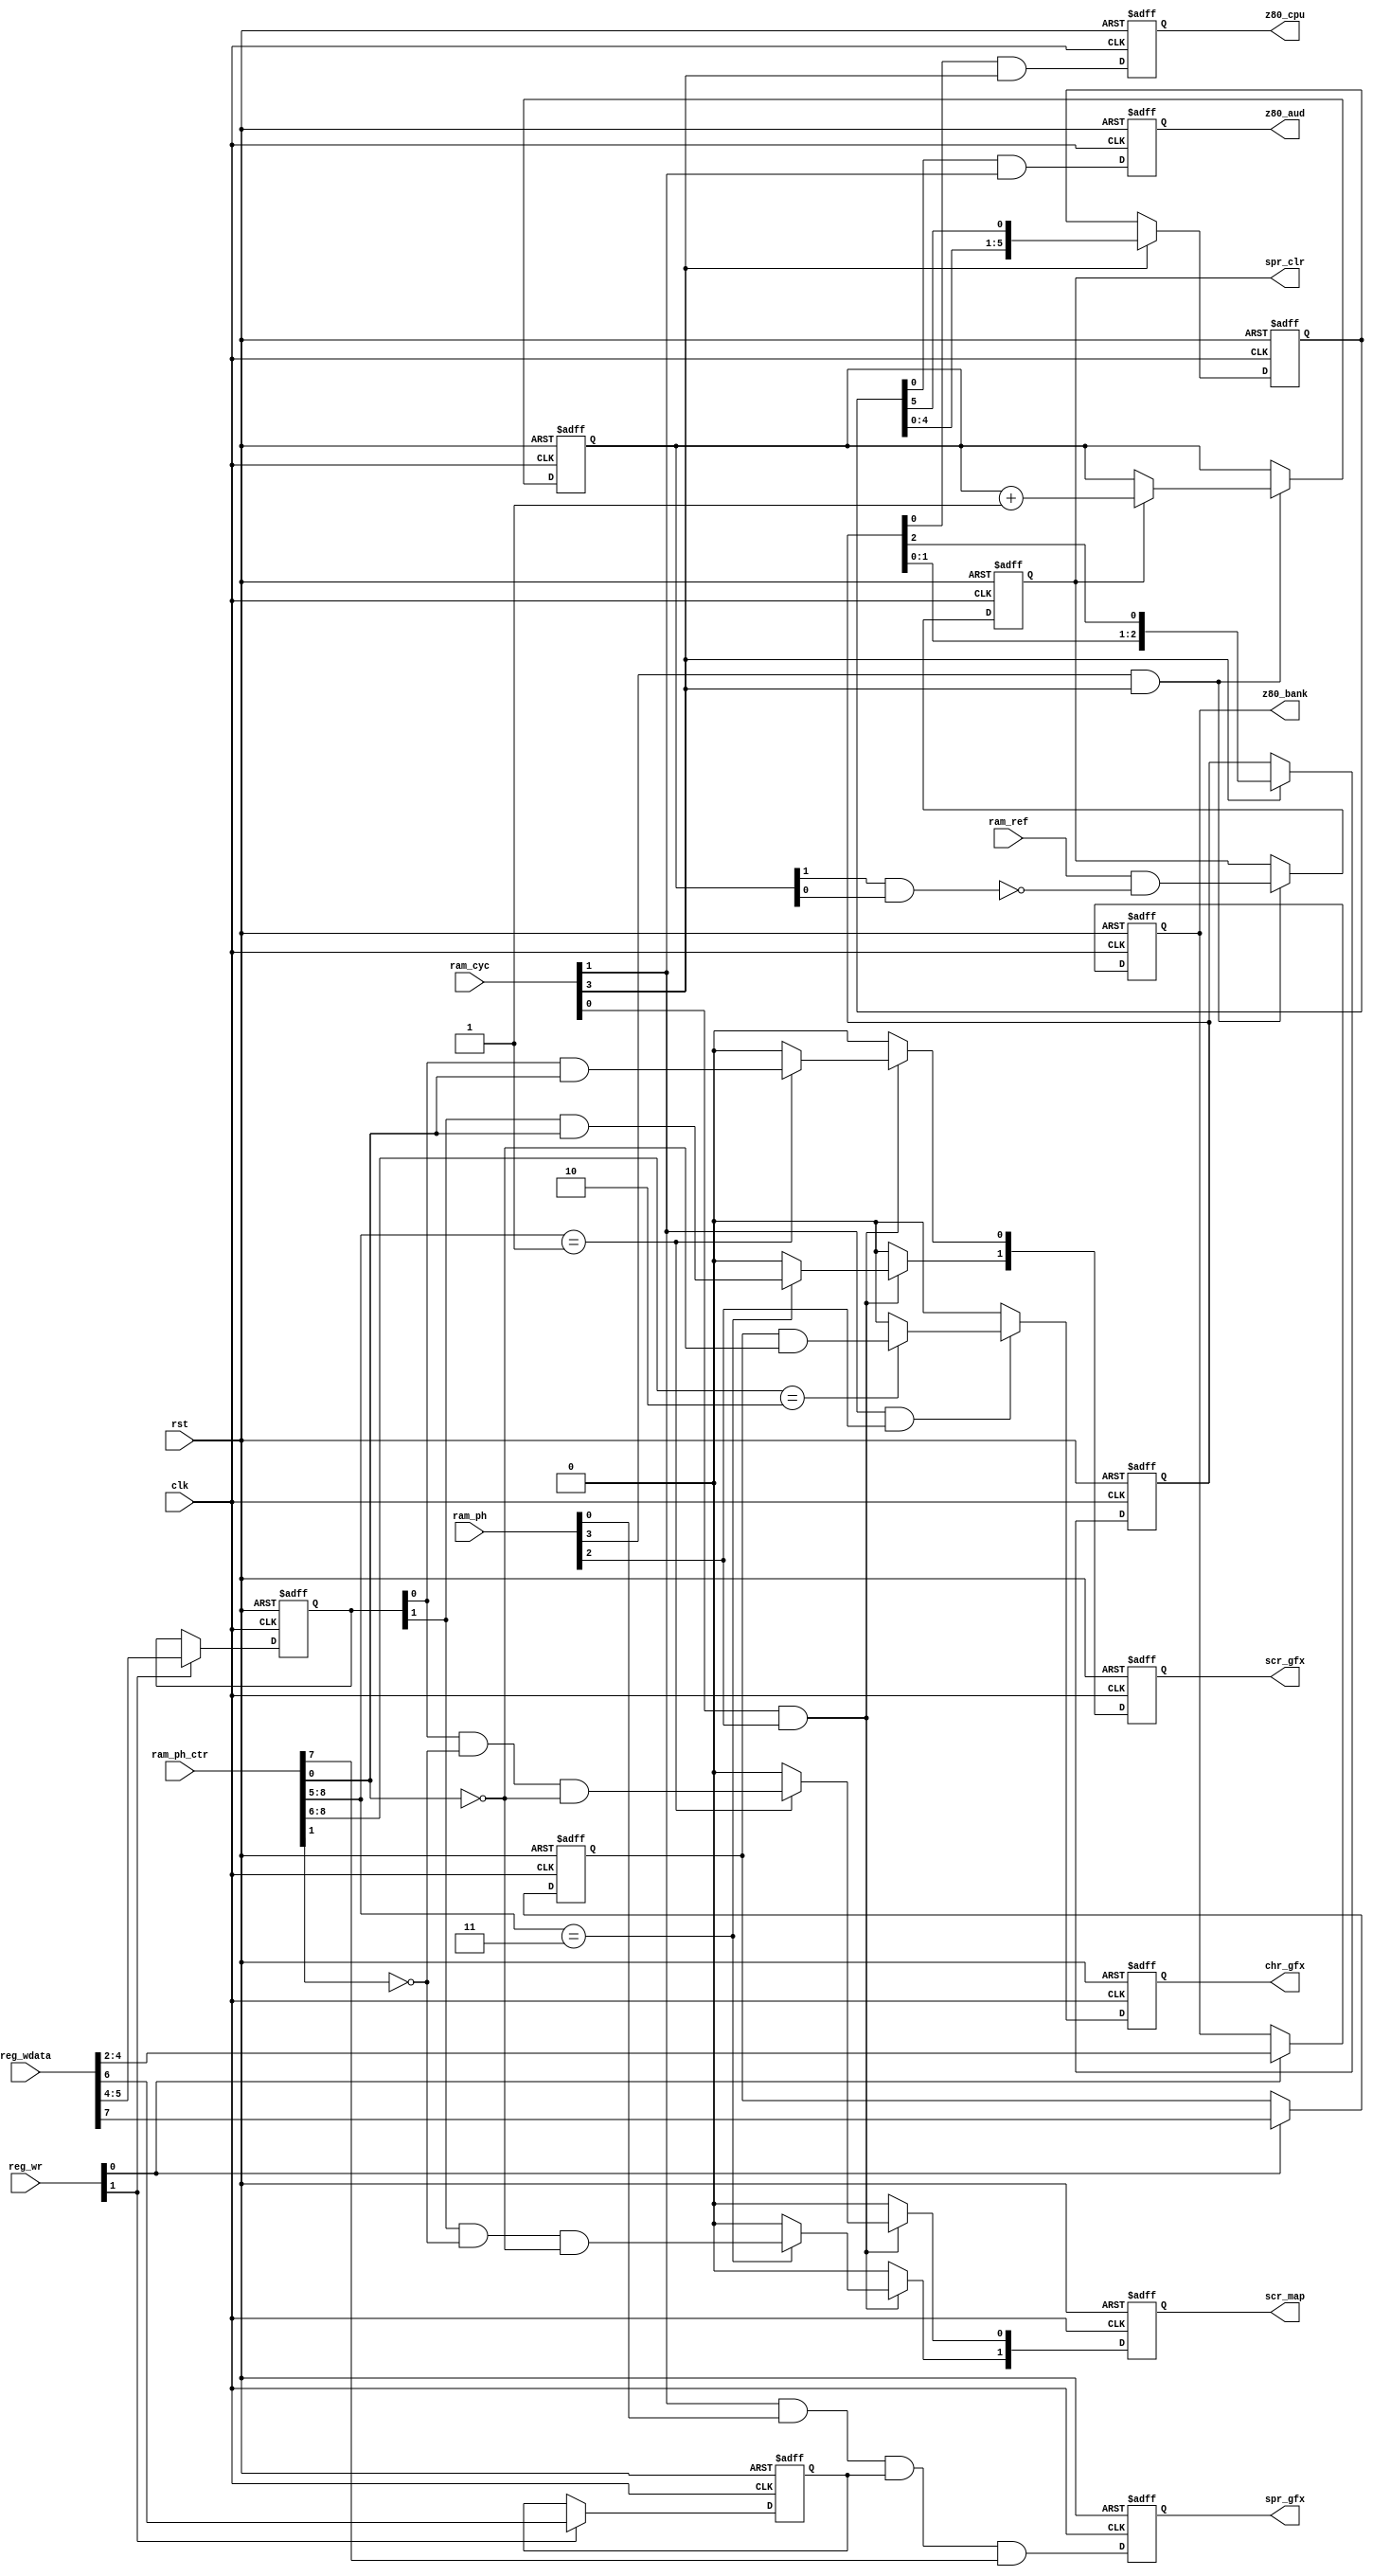
// Copyright 2008-2019 Frederic Requin
//
// This file is part of the 1943 FPGA core
//
// The 1943 FPGA core is free software; you can redistribute it and/or modify
// it under the terms of the GNU General Public License as published by
// the Free Software Foundation; either version 3 of the License, or
// (at your option) any later version.
//
// The 1943 FPGA core is distributed in the hope that it will be useful,
// but WITHOUT ANY WARRANTY; without even the implied warranty of
// MERCHANTABILITY or FITNESS FOR A PARTICULAR PURPOSE.  See the
// GNU General Public License for more details.
//
// You should have received a copy of the GNU General Public License
// along with this program.  If not, see <http://www.gnu.org/licenses/>.

module gpu_dmaseq
(
    // Clock and reset
    input         rst,             // Global reset
    input         clk,             // Master clock (72 MHz)
    // Registers access
    input   [1:0] reg_wr,          // $C804 and $D806 registers
    input   [7:0] reg_wdata,       // Register data
    // SDRAM sequencing
    input         ram_ref,         // SDRAM refresh active
    input   [3:0] ram_cyc,         // SDRAM cycles
    input   [3:0] ram_ph,          // SDRAM phases
    input   [8:0] ram_ph_ctr,      // SDRAM phase counter
    // Z80 access
    output  [2:0] z80_bank,        // ROM banking of main Z80
    output        z80_cpu,         // Main Z80 access (6 MHz)
    output        z80_aud,         // Audio Z80 access (3 MHz)
    // Character access
    output        chr_gfx,         // Characters graphics
    // Tilemap access
    output  [1:0] scr_map,         // Scrolls #1 & #2 maps
    output  [1:0] scr_gfx,         // Scrolls #1 & #2 tiles
    // Sprite access
    output        spr_gfx,         // Sprites graphics
    output        spr_clr          // Sprites line buffer clear
);
    // Banks #0, 2 :
    // -------------
    // 572 Z80 access / line (100 % load)
    
    // Bank #1 :
    // ---------
    // 128 sprite access / line (45% load)

    // Bank #3 :
    // ---------
    // 2 x 8 map access / line
    // 2 x 16 tile access / line
    // 32 char access / line
    // => 80 access / line (28 % load)

    // ======================================================
    // Layers activations and ROM banking
    // ======================================================
    
    reg       r_chr_ena;  // Characters enable
    reg [1:0] r_scr_ena;  // Scrolls #1 & #2 enable
    reg       r_spr_ena;  // Sprites enable
    reg [2:0] r_z80_bank; // Main Z80 ROM banking
    
    always@(posedge rst or posedge clk) begin : LAYERS_BANKS
        if (rst) begin
            r_z80_bank <= 3'd0;
            r_chr_ena  <= 1'b0;
            r_scr_ena  <= 2'b00;
            r_spr_ena  <= 1'b0;
        end
        else begin
            // $C804 register
            if (reg_wr[0]) begin
                r_z80_bank <= reg_wdata[4:2];
                r_chr_ena  <= reg_wdata[7];
            end
            // $D806 register
            if (reg_wr[1]) begin
                r_scr_ena  <= reg_wdata[5:4];
                r_spr_ena  <= reg_wdata[6];
            end
        end
    end
    
    assign z80_bank = r_z80_bank;
    
    // ======================================================
    // Sprites access to SDRAM (bank #1)
    // ======================================================
    
    reg       r_spr_gfx; // Sprites graphics SDRAM fetch
    reg       r_spr_clr; // Sprites line buffer clear
    
    always@(posedge rst or posedge clk) begin : SPR_DMA
        reg [1:0] v_ctr;
        
        if (rst) begin
            r_spr_gfx <= 1'b0;
            r_spr_clr <= 1'b0;
            v_ctr     <= 2'd0;
        end
        else begin
            // Sprite access on phases 128 - 255
            r_spr_gfx <= ram_cyc[1] & ram_ph[0] & r_spr_ena & ram_ph_ctr[7];
            // Sprite line buffer clear during refresh
            if (ram_ph[3] & ram_cyc[3]) begin
                r_spr_clr <= ram_ref & ~(v_ctr[1] & v_ctr[0]);
                if (r_spr_clr) v_ctr <= v_ctr + 2'd1;
            end
        end
    end
    
    assign spr_gfx = r_spr_gfx;
    assign spr_clr = r_spr_clr;
    
    // ======================================================
    // Tilemaps and characters access to SDRAM (bank #3)
    // ======================================================
    
    reg       r_chr_gfx; // Character graphics SDRAM fetch
    reg [1:0] r_scr_map; // Scroll map SDRAM fetch
    reg [1:0] r_scr_gfx; // Scroll tile SDRAM fetch
    
    always@(posedge rst or posedge clk) begin : SCR_CHR_DMA
        if (rst) begin
            r_chr_gfx <= 1'b0;
            r_scr_map <= 2'b00;
            r_scr_gfx <= 2'b00;
        end
        else begin
            
            if (ram_cyc[0] & ram_ph[2]) begin
            
                // Scroll #1 map on phases 32, 36, 40, 44, 48, 52, 56, 60
                // Scroll #1 tile on odd phases 33 - 63
                if (ram_ph_ctr[8:5] == 4'b0001) begin
                    r_scr_map[0] <= r_scr_ena[0] & ~ram_ph_ctr[1] & ~ram_ph_ctr[0];
                    r_scr_gfx[0] <= r_scr_ena[0] &  ram_ph_ctr[0];
                end
                else begin
                    r_scr_map[0] <= 1'b0;
                    r_scr_gfx[0] <= 1'b0;
                end
                
                // Scroll #2 map on phases 96, 100, 104, 108, 112, 116, 120, 124
                // Scroll #2 tile on odd phases 97 - 127
                if (ram_ph_ctr[8:5] == 4'b0011) begin
                    r_scr_map[1] <= r_scr_ena[1] & ~ram_ph_ctr[1] & ~ram_ph_ctr[0];
                    r_scr_gfx[1] <= r_scr_ena[1] &  ram_ph_ctr[0];
                end
                else begin
                    r_scr_map[1] <= 1'b0;
                    r_scr_gfx[1] <= 1'b0;
                end
            end
            else begin
                r_scr_map <= 2'b00;
                r_scr_gfx <= 2'b00;
            end
            
            if (ram_cyc[1] & ram_ph[2]) begin
            
                // Characters on even phases 128 - 190
                if (ram_ph_ctr[8:6] == 3'b010)
                    r_chr_gfx <= r_chr_ena & ~ram_ph_ctr[0];
                else
                    r_chr_gfx <= 1'b0;
            end
            else begin
                r_chr_gfx <= 1'b0;
            end
        end
    end
    
    assign chr_gfx = r_chr_gfx;
    assign scr_map = r_scr_map;
    assign scr_gfx = r_scr_gfx;
    
    // ======================================================
    // Z80 CPUs access to SDRAM (banks #0 and #2)
    // ======================================================
    
    reg [2:0] r_z80_seq;
    reg       r_z80_cpu;
    reg       r_z80_aud;

    always@(posedge rst or posedge clk) begin : Z80_DMA
        reg [2:0] v_cpu_seq;
        reg [5:0] v_aud_seq;
        
        if (rst) begin
            r_z80_cpu <= 1'b0;
            r_z80_aud <= 1'b0;
            v_cpu_seq  = 3'b001;
            v_aud_seq  = 6'b000010;
        end
        else begin
            // Main CPU : 12 cycles
            r_z80_cpu <= v_cpu_seq[0] & ram_cyc[3];
            // Audio CPU : 24 cycles
            r_z80_aud <= v_aud_seq[0] & ram_cyc[1];
            
            if (ram_cyc[3]) v_cpu_seq = { v_cpu_seq[1:0], v_cpu_seq[2] };
            if (ram_cyc[3]) v_aud_seq = { v_aud_seq[4:0], v_aud_seq[5] };
        end
    end
    
    assign z80_cpu = r_z80_cpu;
    assign z80_aud = r_z80_aud;

    // ======================================================
    
endmodule